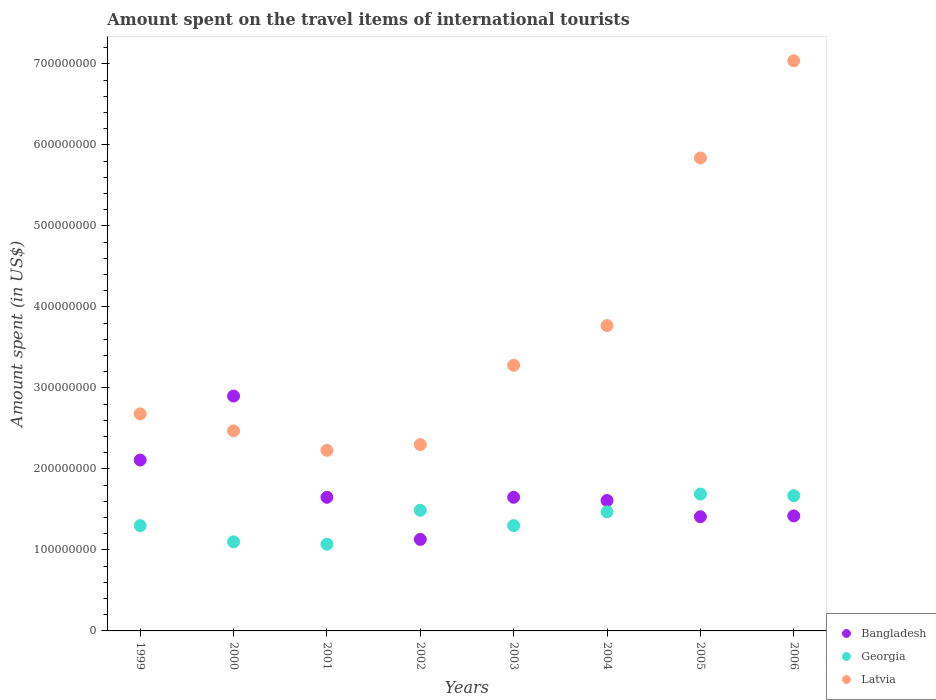
| Years | Bangladesh | Georgia | Latvia |
 | --- | --- | --- | --- |
 | 1999 | 2.11e+08 | 1.3e+08 | 2.68e+08 |
 | 2000 | 2.9e+08 | 1.1e+08 | 2.47e+08 |
 | 2001 | 1.65e+08 | 1.07e+08 | 2.23e+08 |
 | 2002 | 1.13e+08 | 1.49e+08 | 2.3e+08 |
 | 2003 | 1.65e+08 | 1.3e+08 | 3.28e+08 |
 | 2004 | 1.61e+08 | 1.47e+08 | 3.77e+08 |
 | 2005 | 1.41e+08 | 1.69e+08 | 5.84e+08 |
 | 2006 | 1.42e+08 | 1.67e+08 | 7.04e+08 |